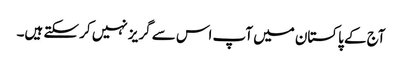
آج کے پاکستان میں آپ اس سے گریز نہیں کر سکتے ہیں۔